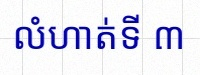
លំហាត់ទី ៣